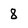
Character: 8